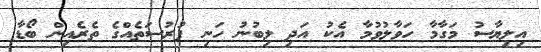
އިލިޔާސު މަގާމާ ހަވާލުވުމާ އެކު އަދި ލިބުނު ހަނި ފުރުސަތެއްގެ ތެރެއިން ބޯޑާ